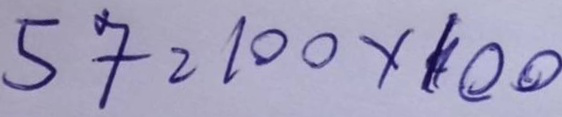
57 = 100x100